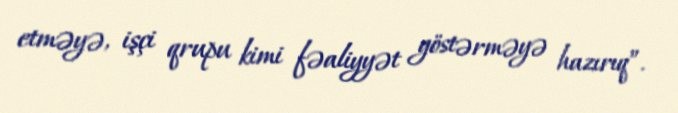
etməyə, işçi qrupu kimi fəaliyyət göstərməyə hazırıq”.